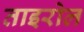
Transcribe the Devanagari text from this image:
ताइरोल